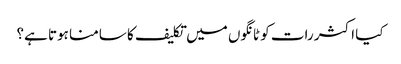
کیا اکثر رات کو ٹانگوں میں تکلیف کا سامنا ہوتا ہے؟